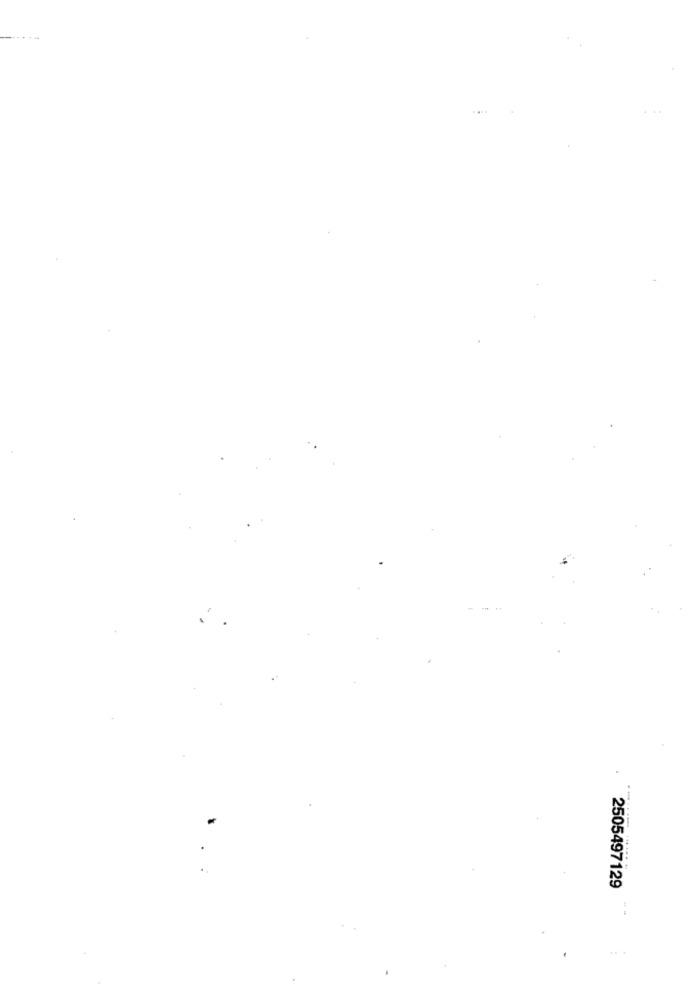
2505497129